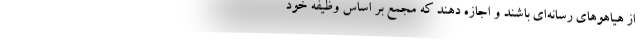
از هیاهوهای رسانه‌ای باشند و اجازه دهند که مجمع بر اساس وظیفه خود